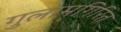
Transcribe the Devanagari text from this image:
गुलामगिरित